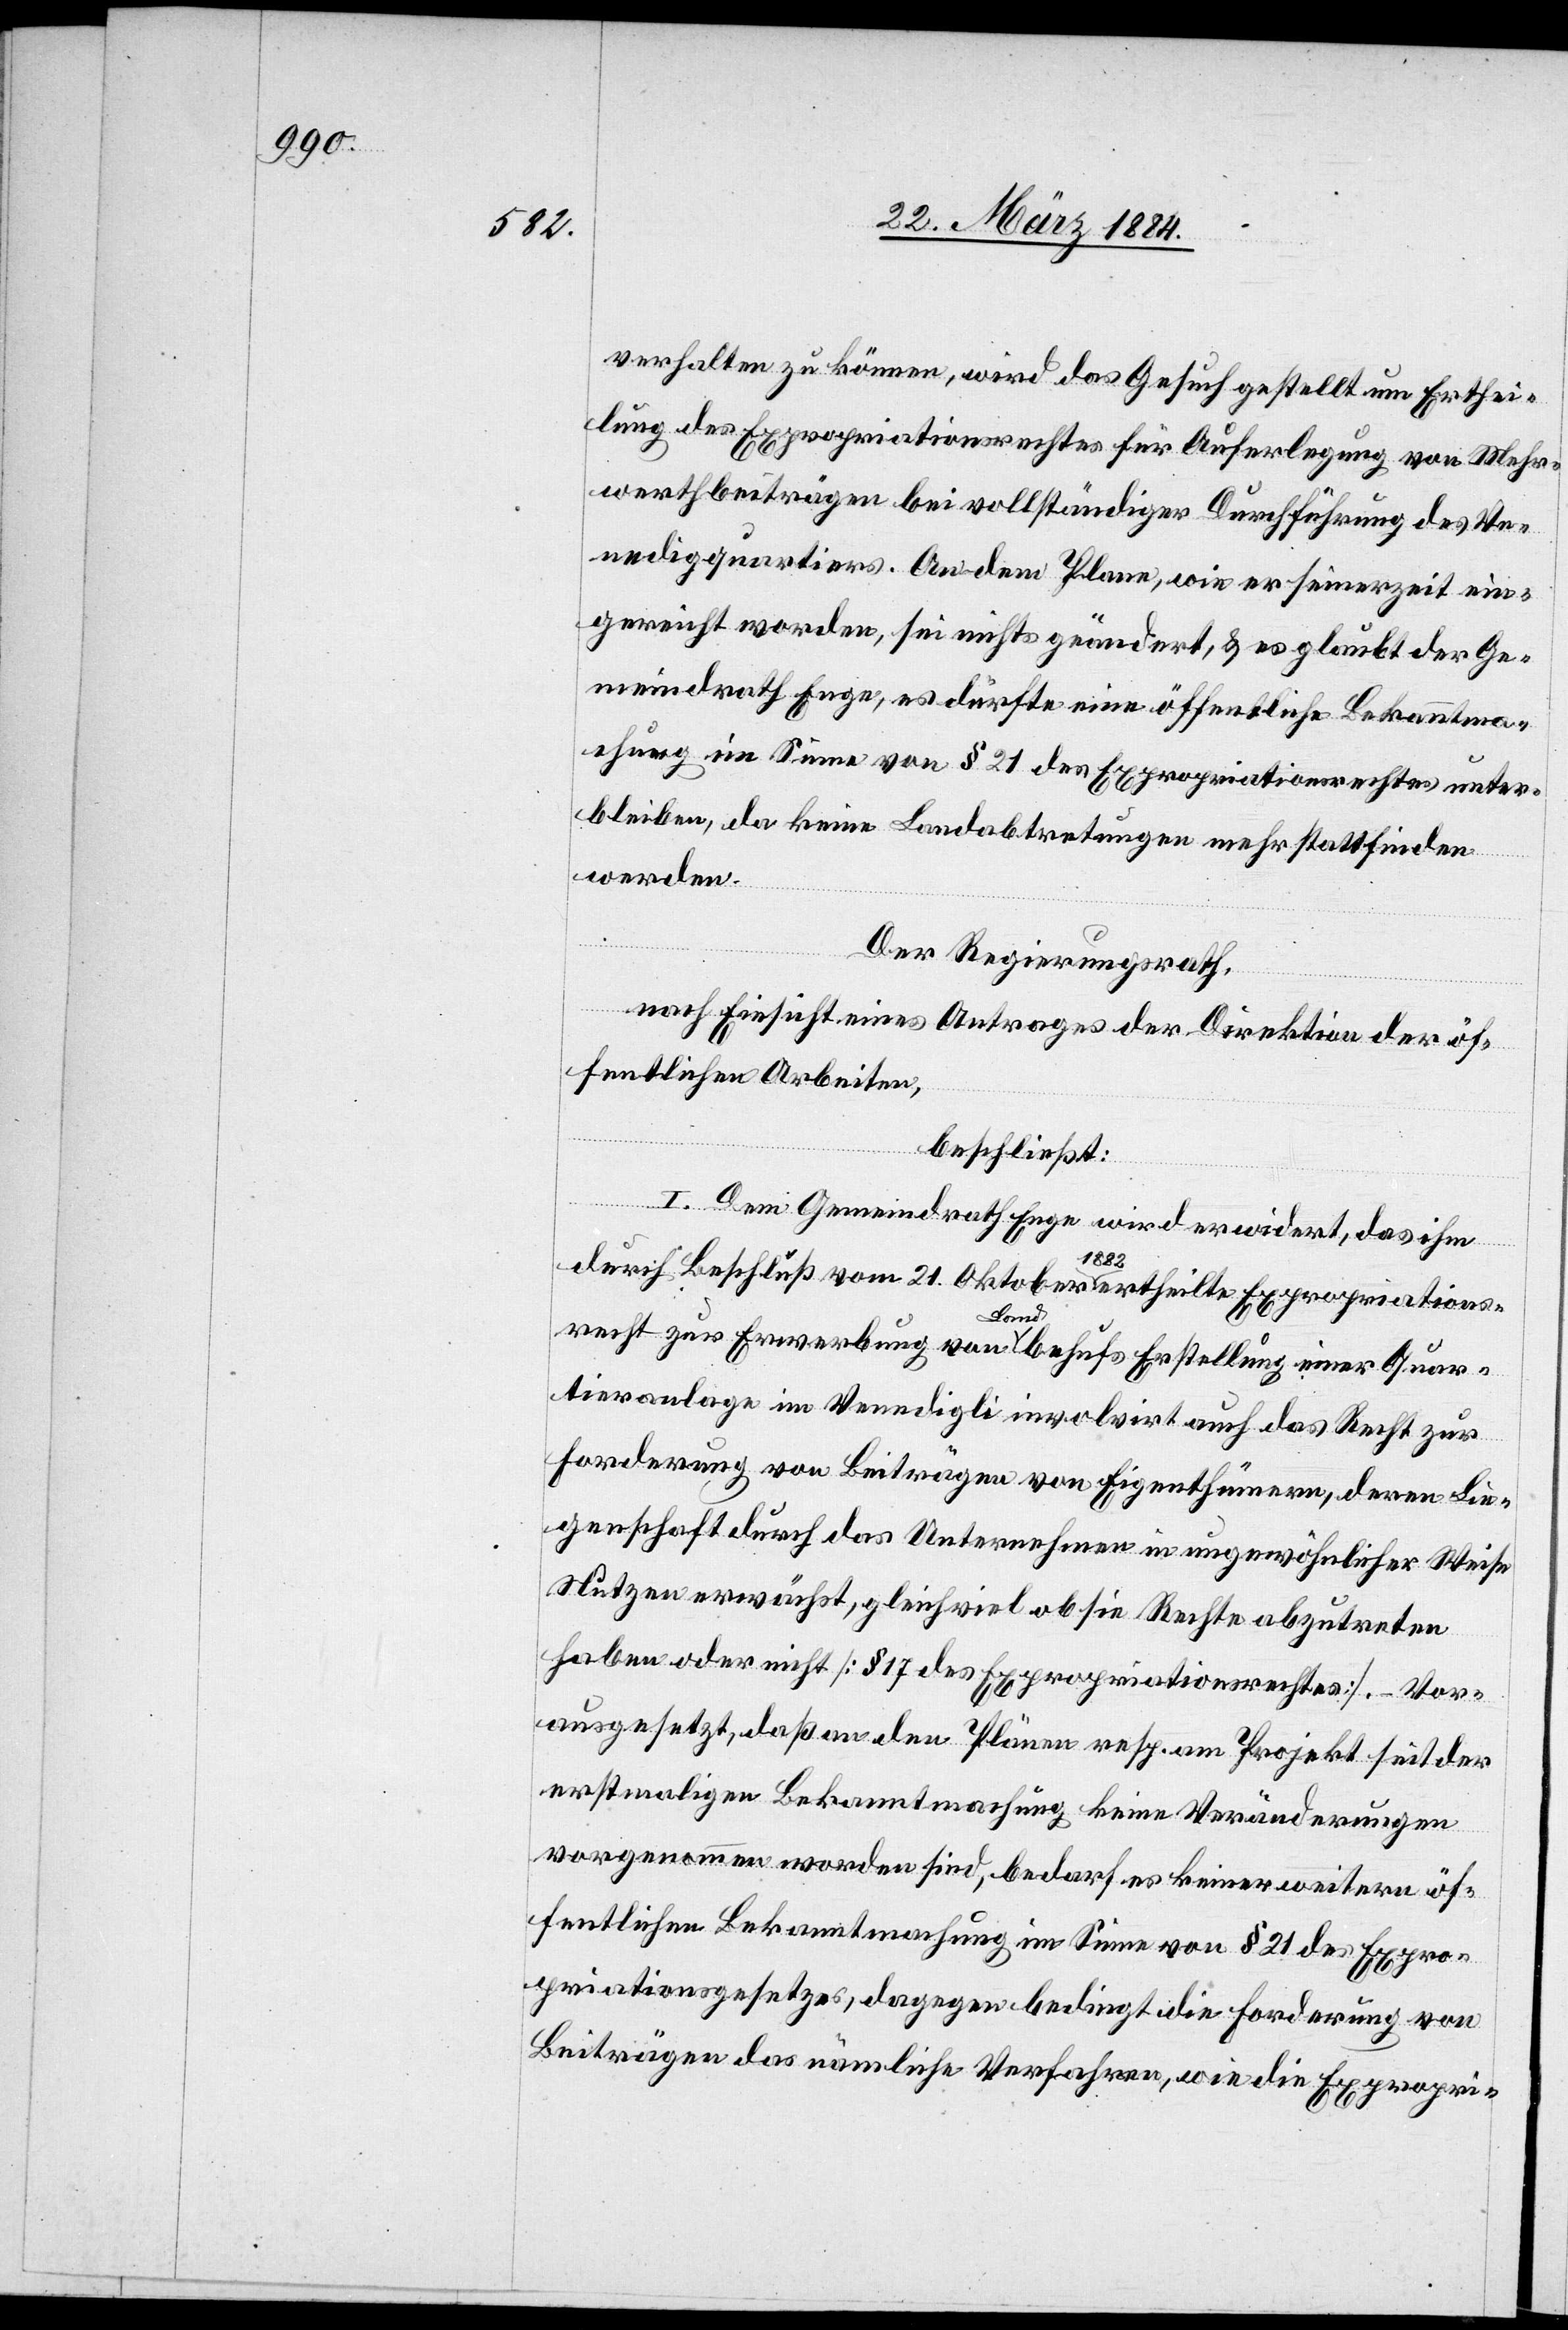
verhalten zu können, wird das Gesuch gestellt um Erthei¬
lung des Expropriationsrechtes für Auferlegung von Mehr¬
werthbeiträgen bei vollständiger Durchführung des Ve¬
nedigliquartiers. An dem Plane, wie er seinerzeit ein¬
gereicht worden, sei nichts geändert, & es glaubt der Ge¬
meindrath Enge, es dürfte eine öffentliche Bekanntma¬
chung im Sinne von § 21 des Expropriationsrechtes unter¬
bleiben, da keine Landabtretungen mehr stattfinden
werden.
Der Regierungsrath,
nach Einsicht eines Antrages der Direktion der öf¬
fentlichen Arbeiten,
beschließt:
I. Dem Gemeindrath Enge wird erwidert, das ihm
durch Beschluß vom 21. Oktober 1883 ertheilte Expropriations¬
recht zur Erwerbung von Land behufs Erstellung einer Quar¬
tieranlage im Venedigli involvirt auch das Recht zur
Forderung von Beiträgen von Eigenthümern, deren Lie¬
genschaft durch das Unternehmen in ungewöhnlicher Weise
Nutzen erwächst, gleichviel ob sie Rechte abzutreten
haben oder nicht [§ 17 des Expropriationsrechtes]. Vor¬
ausgesetzt, daß an den Plänen resp. am Projekt seit der
erstmaligen Bekanntmachung keine Veränderungen
vorgenommen worden sind, bedarf es keiner weitern öf¬
fentlichen Bekanntmachung im Sinne von § 21 des Expro¬
priationsgesetzes, dagegen bedingt die Forderung von
Beiträgen das nämliche Verfahren, wie die Expropri-